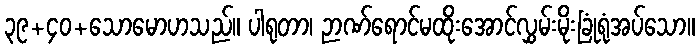
၃၉+၄၀+သောမောဟသည်။ ပါရုတာ၊ ဉာဏ်ရောင်မထိုးအောင်လွှမ်းမိုးခြုံရုံအပ်သော။